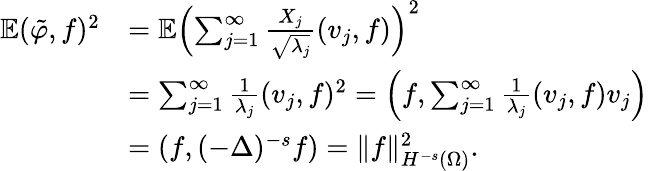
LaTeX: \begin{array}{rl}{\mathbb{E}(\tilde{\varphi},f)^{2}}&{=\mathbb{E}\left(\sum_{j=1}^{\infty}\frac{X_{j}}{\sqrt{\lambda_{j}}}(v_{j},f)\right)^{2}}\\ &{=\sum_{j=1}^{\infty}\frac{1}{\lambda_{j}}(v_{j},f)^{2}=\left(f,\sum_{j=1}^{\infty}\frac{1}{\lambda_{j}}(v_{j},f)v_{j}\right)}\\ &{=\left(f,(-\Delta)^{-s}f\right)=\| f\| _{H^{-s}(\Omega)}^{2}.}\end{array}